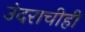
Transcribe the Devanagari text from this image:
उंदराचीही